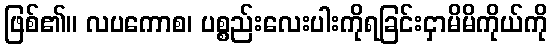
ဖြစ်၏။ လပကောစ၊ ပစ္စည်းလေးပါးကိုရခြင်းငှာမိမိကိုယ်ကို